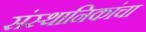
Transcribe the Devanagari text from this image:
संस्थानिकांचा